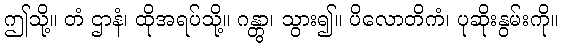
ဤသို့။ တံ ဌာနံ၊ ထိုအရပ်သို့။ ဂန္တွာ၊ သွား၍။ ပိလောတိကံ၊ ပုဆိုးနွမ်းကို။